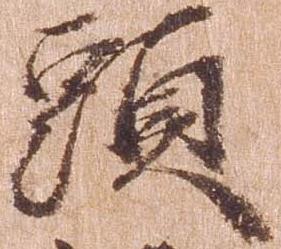
頭